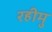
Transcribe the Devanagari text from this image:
रहीमु